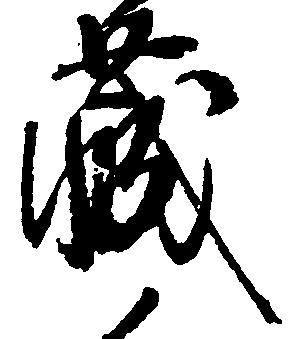
蔵